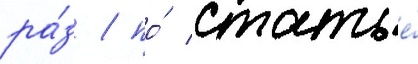
ра́з / по́ статье́